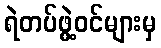
ရဲတပ်ဖွဲ့ဝင်များမှ